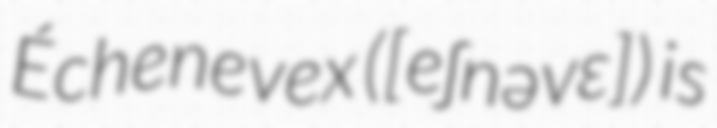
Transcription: Échenevex ([eʃnəvɛ]) is